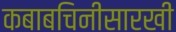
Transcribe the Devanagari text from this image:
कबाबचिनीसारखी